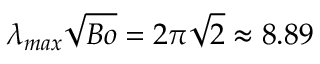
\lambda _ { m a x } \sqrt { B o } = 2 \pi \sqrt { 2 } \approx 8 . 8 9